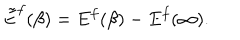
\tilde { E } ^ { f } ( \beta ) = E ^ { f } ( \beta ) - E ^ { f } ( \infty ) .